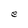
Character: e